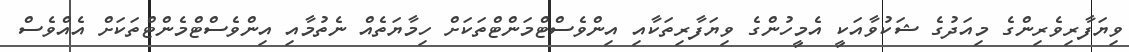
ވިޔަފާރިވެރިންގެ މިއަދުގެ ޝަކުވާއަކީ އެމީހުންގެ ވިޔަފާރިތަކާއި އިންވެސްޓްމަންޓްތަކަށް ހިމާޔަތެއް ނެތުމާއި އިންވެސްޓްމެންޓްތަކަށް އެއްވެސް